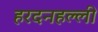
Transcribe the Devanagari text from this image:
हरदनहल्ली